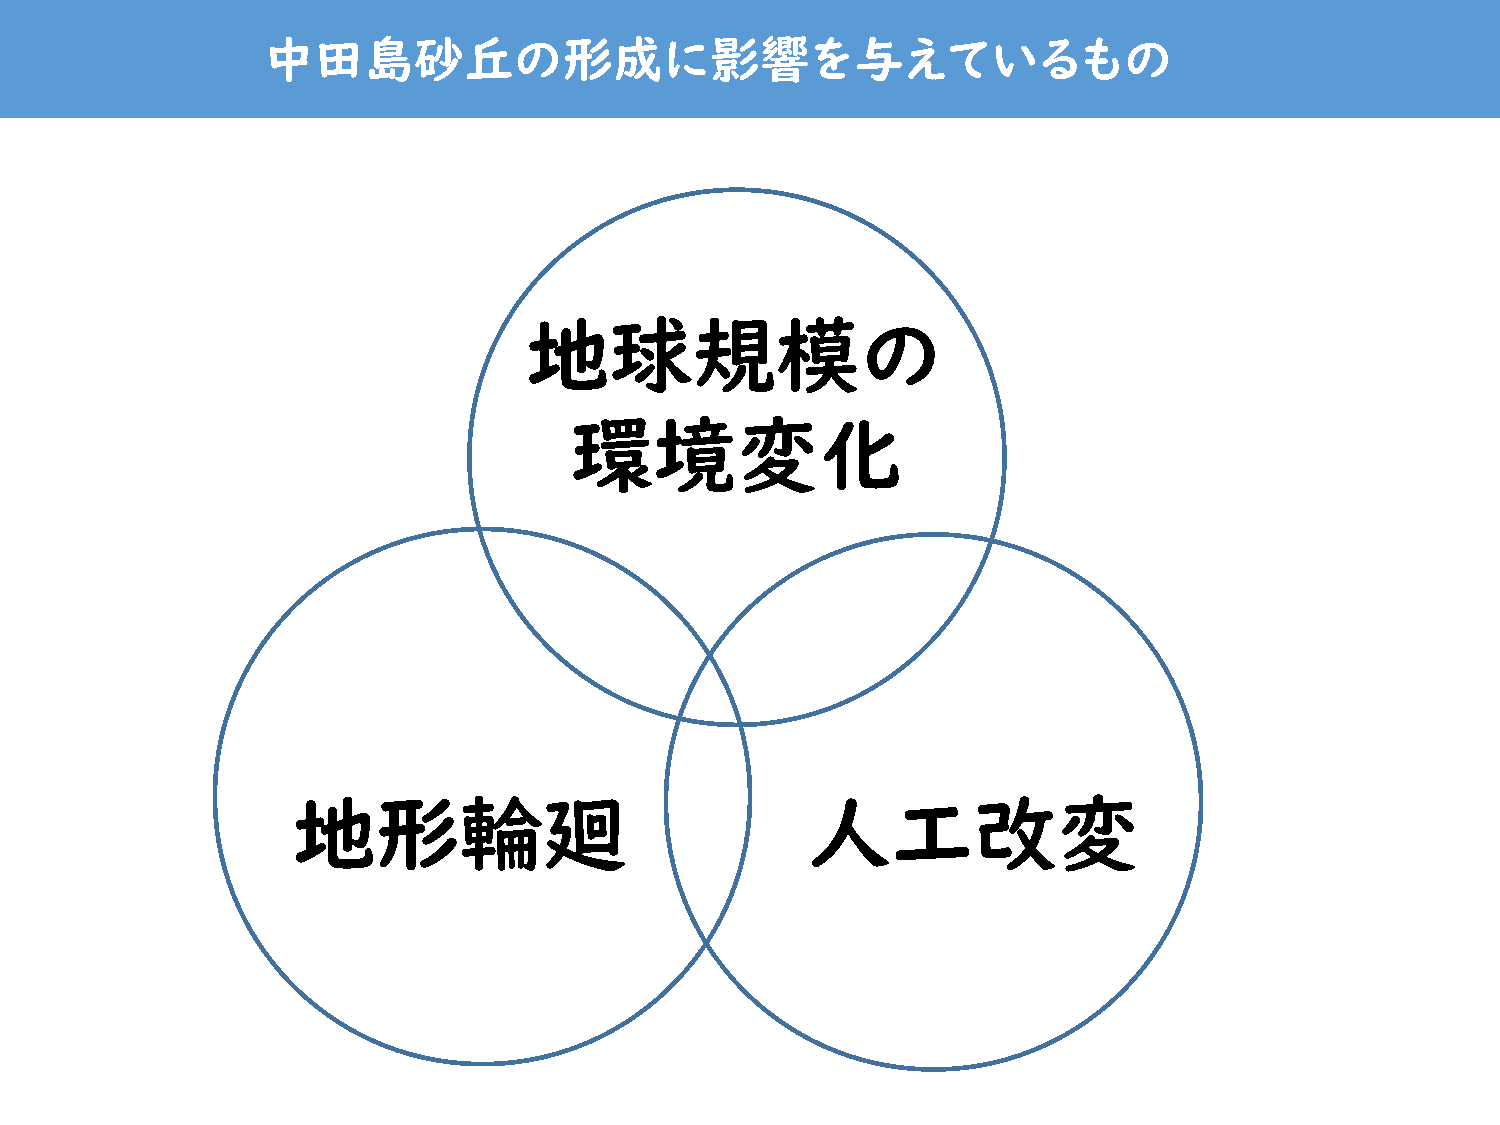
中田島砂丘の形成に影響を与えているもの
 地球規模の
 環境変化
 地形輪廻                              人工改変